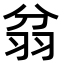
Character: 𦐈